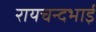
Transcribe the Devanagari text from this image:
रायचन्दभाई